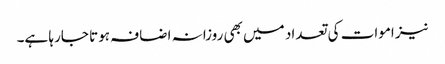
نیز اموات کی تعداد میں بھی روزانہ اضافہ ہوتا جارہا ہے۔